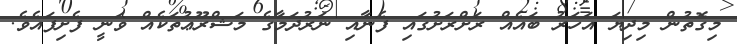
މިގޮތުން މިދިޔަ އަހަރު ބައެއް ރަށްރަށުގައި ފެނާއި ނަރުދަމާގެ މަޝްރޫޢުތަކެއް ވަނީ ފެށިފައެވެ.